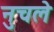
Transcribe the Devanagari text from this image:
नुचले